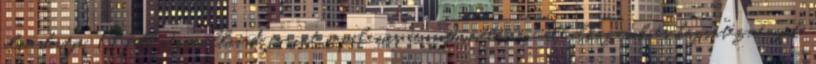
olvashatja. Újabb négymilliárd forint napelemes áramtermelésre vállalkozások és közintézmények